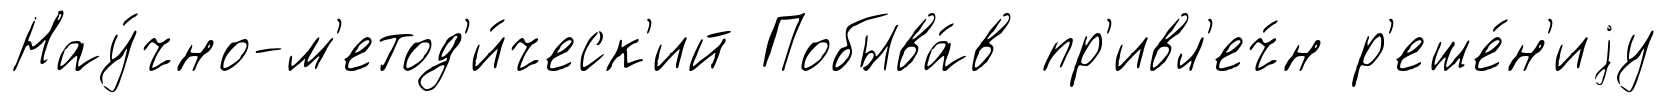
Нау́чно-м'етод'и́ческ'ий Побыва́в пр'ивл'еч́н р'еше́н'иjу